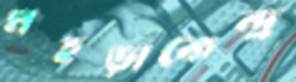
মহড়াকেন্দ্র